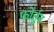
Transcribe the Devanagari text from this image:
फोर्तुन